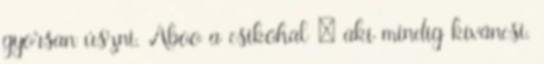
gyorsan úszni. Aboo a csikóhal – aki mindig kíváncsi.